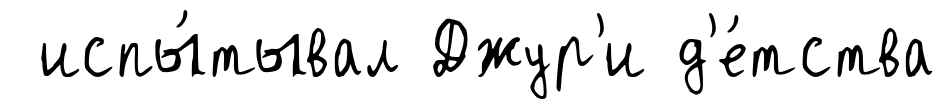
испы́тывал Джур'и д'е́тства